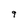
Character: 9